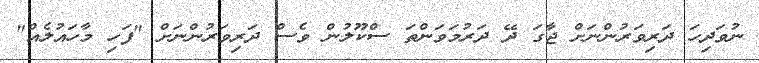
ނުވަދިހަ ދަރިވަރުންނަށް ޖާގަ ދޭ ދަރުމަވަންތަ ސްކޫލުން ވެސް ދަރިވަރުންނަށް "ފަހި މާހައުލެއް"